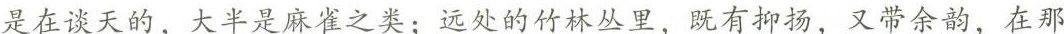
是在谈天的，大半是麻雀之类；远处的竹林丛里，既有抑扬，又带余韵，在那